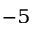
^ { - 5 }